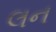
લન